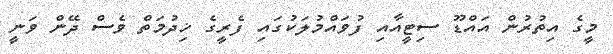
މީގެ އިތުރުން އައްޑޫ ސިޓީއާއި ފުވައްމުލަކުގައި ފެރީގެ ޚިދުމަތް ވެސް ދޭން ވަނީ